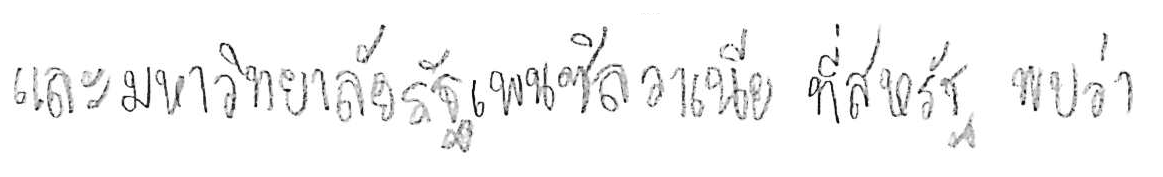
และมหาวิทยาลัยรัฐเพนซิลวาเนีย ที่สหรัฐ พบว่า